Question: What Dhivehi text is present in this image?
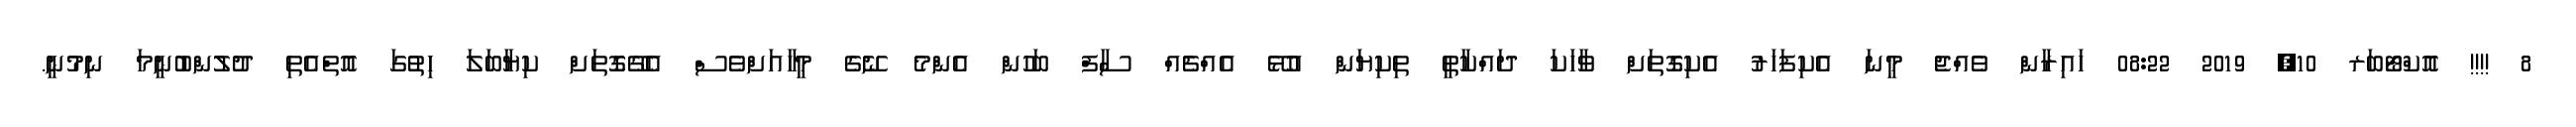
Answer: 8 !!!! އޮކްޓޯބަރ 10, 2019 08:22 ހައިރާން ވެއްޖެ މީނަ އެކިފަހަރު އެކިގޮތަށް ވާހަކަ ދައްކާތީ ތިކިޔަން އުޅޭ އެއްޗެއް ސާފް ބަހުން އެންމެ ނޭގެ މީހާއަށްވެސް އެގޭގޮތަށް ކިޔާބަލަ ހިތުގަ އޮތްއެތި ދުލުންބުނީމަ ނިމުނީ.